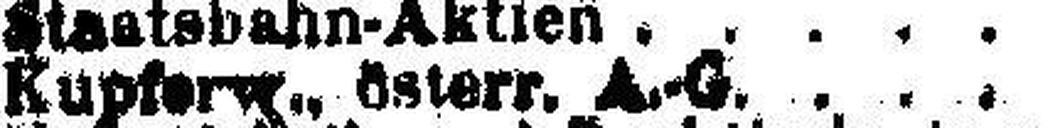
Kupferw., österr. A.-G.